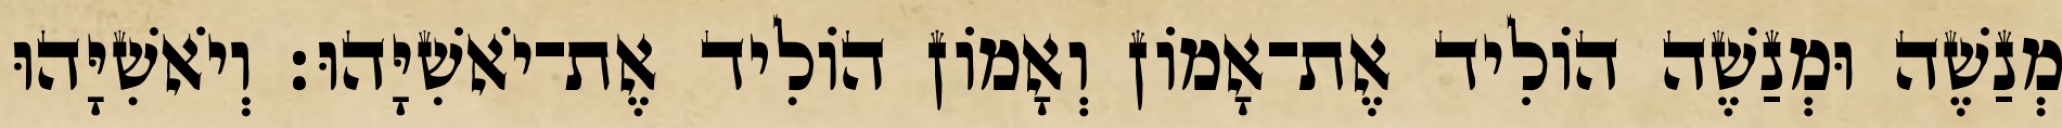
מְנַשֶׁה וּמְנַשֶׁה הוֹלִיד אֶת־אָמוֹן וְאָמוֹן הוֹלִיד אֶת־יֹאשִׁיָּהוּ׃ וְיֹאשִׁיָּהוּ